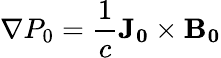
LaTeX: \nabla P_{0}=\frac{1}{c}\mathbf{J_{0}}\times\mathbf{B_{0}}